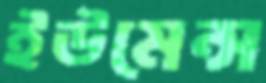
ইউমেন্স